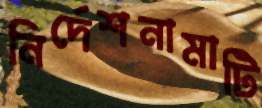
নির্দেশনামাটি